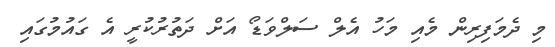
މި ދެމަފިރިން މެއި މަހު އެލް ސަލްވަޑޯ އަށް ދަތުރުކުރީ އެ ގައުމުގައި